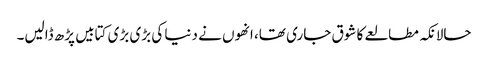
حالانکہ مطالعے کا شوق جاری تھا، انھوں نے دنیا کی بڑی بڑی کتابیں پڑھ ڈالیں۔